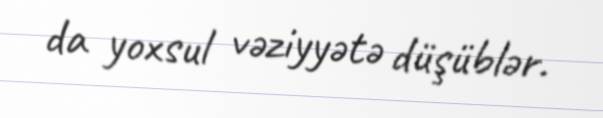
da yoxsul vəziyyətə düşüblər.